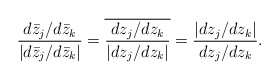
\begin{align*}\frac{d\bar z_j/d\bar z_k}{|d\bar z_j/d\bar z_k|} = \overline{\frac{dz_j/dz_k}{|dz_j/dz_k|}}= \frac{|dz_j/dz_k|}{dz_j/dz_k}.\end{align*}